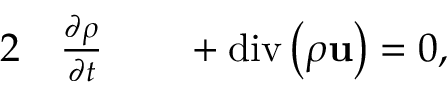
\begin{array} { r l r l } { { 2 } } & { { } \frac { \partial \rho } { \partial t } } & { } & { { } + \mathrm { d i v } \left( \rho \mathbf { u } \right) = 0 , } \end{array}